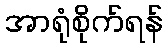
အာရုံစိုက်ရန်